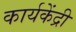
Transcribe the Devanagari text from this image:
कार्यकेंद्री